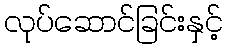
လုပ်ဆောင်ခြင်းနှင့်